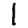
Digit: 1